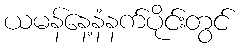
ယမန်နေ့နံနက်ပိုင်းတွင်